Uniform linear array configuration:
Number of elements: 4
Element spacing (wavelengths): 0.25
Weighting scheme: hamming
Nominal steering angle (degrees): -15
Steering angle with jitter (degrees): -13.4
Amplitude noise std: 0.05
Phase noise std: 0.05

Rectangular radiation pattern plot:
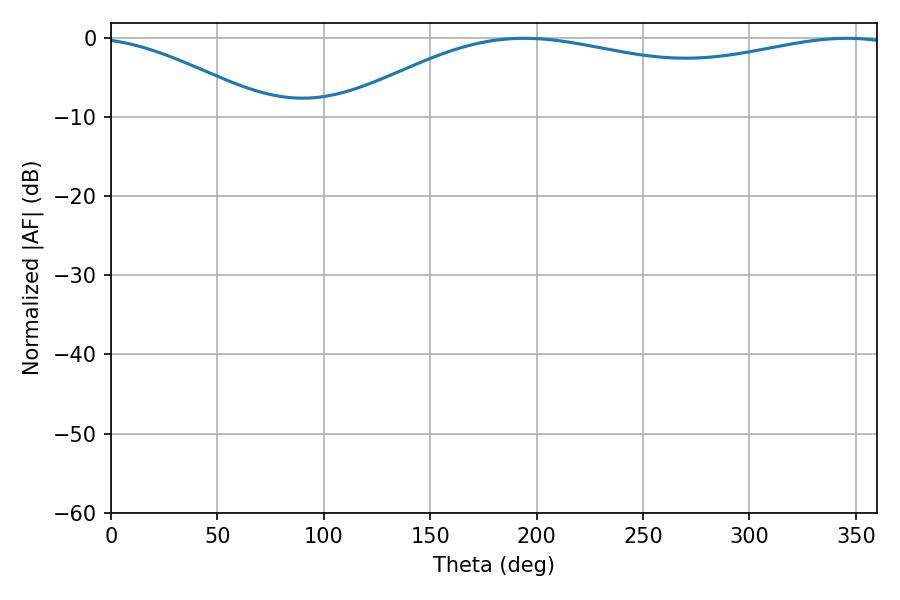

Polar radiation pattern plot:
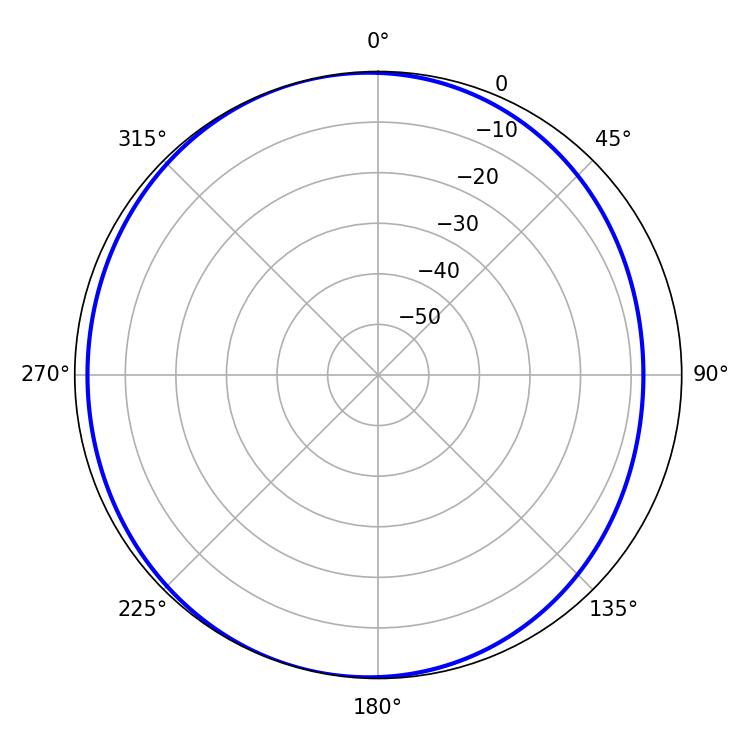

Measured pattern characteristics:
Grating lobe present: FALSE
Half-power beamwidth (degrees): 214.2
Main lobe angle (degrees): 194.04